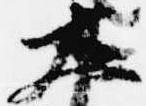
大